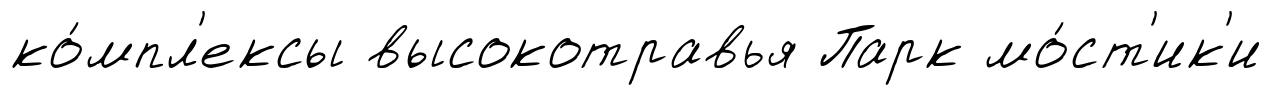
ко́мпл'ексы высокотравья Парк мо́ст'ик'и